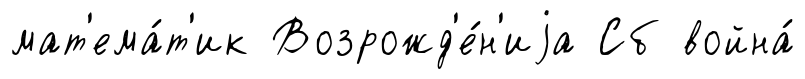
мат'ема́т'ик Возрожд'е́н'иjа Сб война́